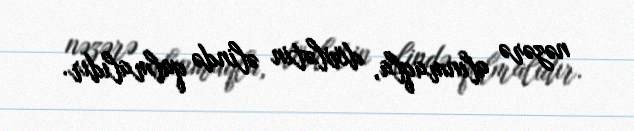
nəzərə alınmaqla, dövlətin əlində qalmalıdır.